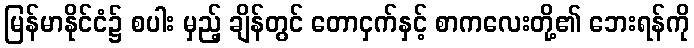
မြန်မာနိုင်ငံ၌ စပါး မှည့် ချိန်တွင် တောငှက်နှင့် စာကလေးတို့၏ ဘေးရန်ကို